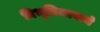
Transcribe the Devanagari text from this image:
विभूतिमत्वाचे